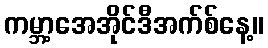
ကမ္ဘာ့အေအိုင်ဒီအက်စ်နေ့။